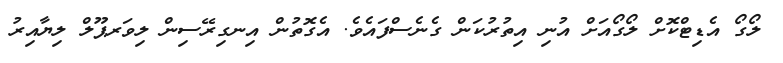
ލޯގޯ އެޑިޓްކޮށް ލޯގޯއަށް އުނި އިތުރުކަން ގެނެސްފައެވެ. އެގޮތުން އިނގިރޭސިން ލިވަރޕޫލް ލިޔާއިރު